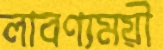
লাবণ্যময়ী